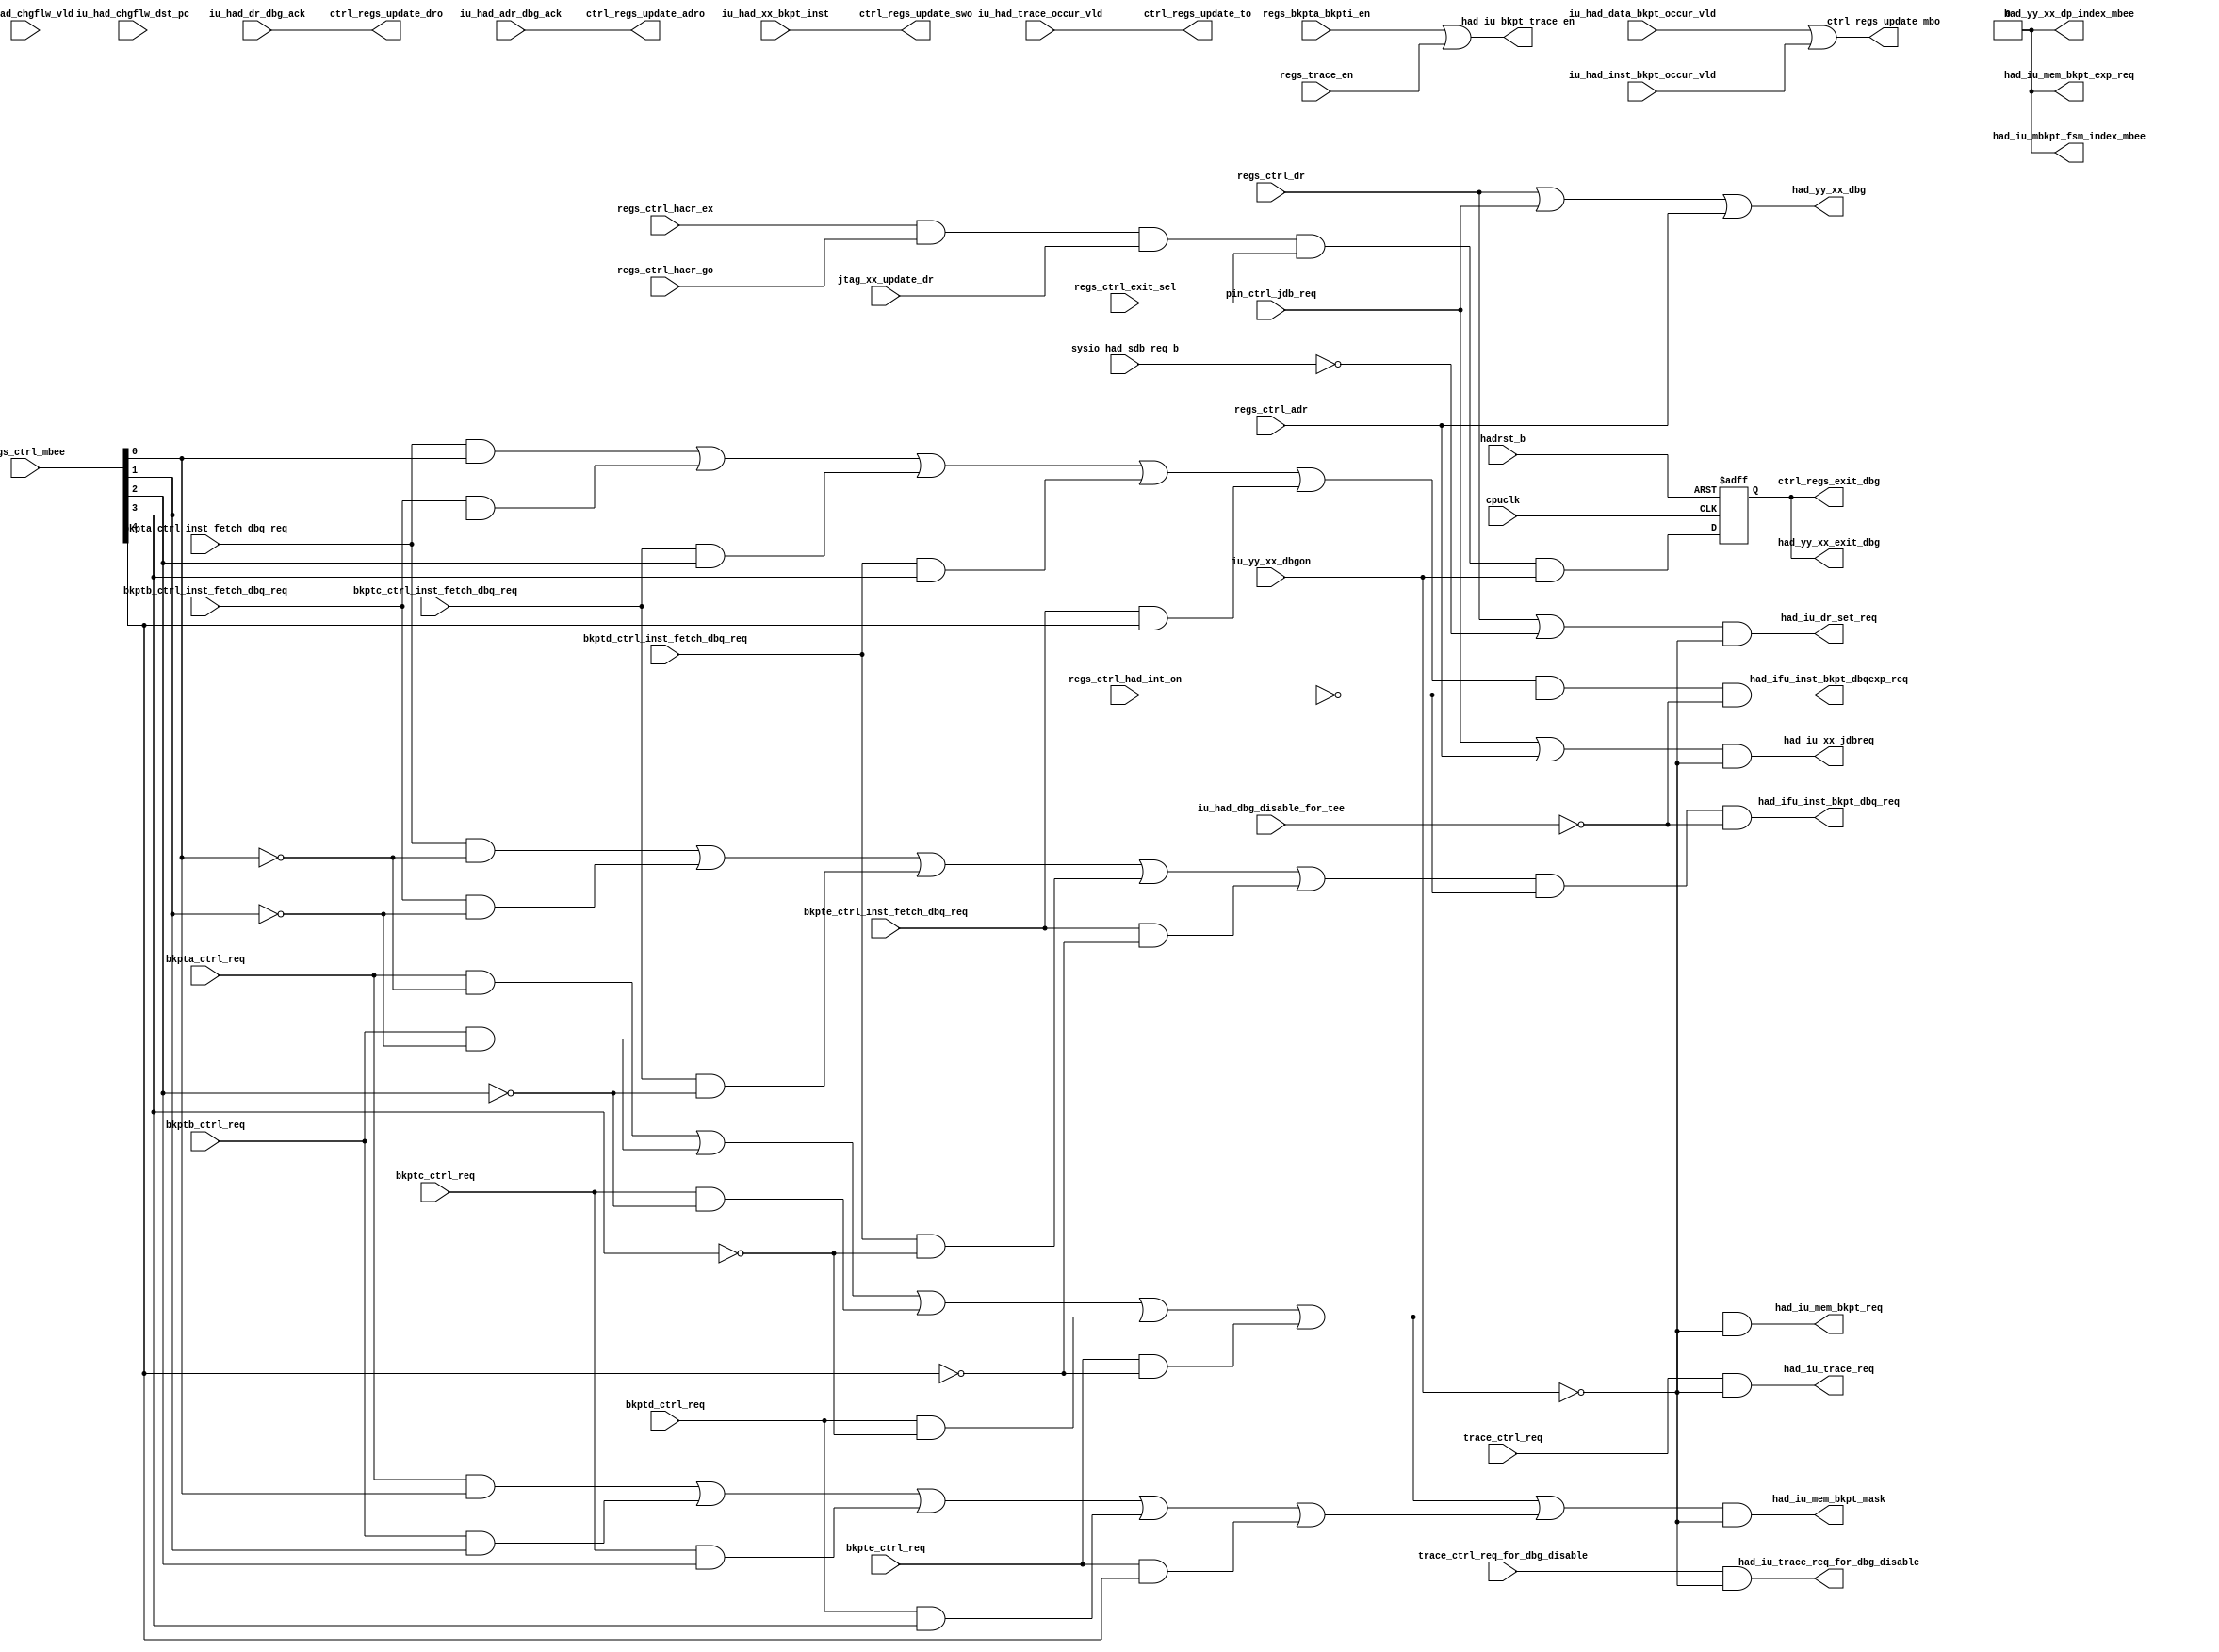
/*Copyright 2018-2021 T-Head Semiconductor Co., Ltd.

Licensed under the Apache License, Version 2.0 (the "License");
you may not use this file except in compliance with the License.
You may obtain a copy of the License at

    http://www.apache.org/licenses/LICENSE-2.0

Unless required by applicable law or agreed to in writing, software
distributed under the License is distributed on an "AS IS" BASIS,
WITHOUT WARRANTIES OR CONDITIONS OF ANY KIND, either express or implied.
See the License for the specific language governing permissions and
limitations under the License.
*/
module cr_had_ctrl(
  bkpta_ctrl_inst_fetch_dbq_req,
  bkpta_ctrl_req,
  bkptb_ctrl_inst_fetch_dbq_req,
  bkptb_ctrl_req,
  bkptc_ctrl_inst_fetch_dbq_req,
  bkptc_ctrl_req,
  bkptd_ctrl_inst_fetch_dbq_req,
  bkptd_ctrl_req,
  bkpte_ctrl_inst_fetch_dbq_req,
  bkpte_ctrl_req,
  cpuclk,
  ctrl_regs_exit_dbg,
  ctrl_regs_update_adro,
  ctrl_regs_update_dro,
  ctrl_regs_update_mbo,
  ctrl_regs_update_swo,
  ctrl_regs_update_to,
  had_ifu_inst_bkpt_dbq_req,
  had_ifu_inst_bkpt_dbqexp_req,
  had_iu_bkpt_trace_en,
  had_iu_dr_set_req,
  had_iu_mbkpt_fsm_index_mbee,
  had_iu_mem_bkpt_exp_req,
  had_iu_mem_bkpt_mask,
  had_iu_mem_bkpt_req,
  had_iu_trace_req,
  had_iu_trace_req_for_dbg_disable,
  had_iu_xx_jdbreq,
  had_yy_xx_dbg,
  had_yy_xx_dp_index_mbee,
  had_yy_xx_exit_dbg,
  hadrst_b,
  iu_had_adr_dbg_ack,
  iu_had_chgflw_dst_pc,
  iu_had_chgflw_vld,
  iu_had_data_bkpt_occur_vld,
  iu_had_dbg_disable_for_tee,
  iu_had_dr_dbg_ack,
  iu_had_inst_bkpt_occur_vld,
  iu_had_trace_occur_vld,
  iu_had_xx_bkpt_inst,
  iu_yy_xx_dbgon,
  jtag_xx_update_dr,
  pin_ctrl_jdb_req,
  regs_bkpta_bkpti_en,
  regs_ctrl_adr,
  regs_ctrl_dr,
  regs_ctrl_exit_sel,
  regs_ctrl_hacr_ex,
  regs_ctrl_hacr_go,
  regs_ctrl_had_int_on,
  regs_ctrl_mbee,
  regs_trace_en,
  sysio_had_sdb_req_b,
  trace_ctrl_req,
  trace_ctrl_req_for_dbg_disable
);

// &Ports; @21
input           bkpta_ctrl_inst_fetch_dbq_req;   
input           bkpta_ctrl_req;                  
input           bkptb_ctrl_inst_fetch_dbq_req;   
input           bkptb_ctrl_req;                  
input           bkptc_ctrl_inst_fetch_dbq_req;   
input           bkptc_ctrl_req;                  
input           bkptd_ctrl_inst_fetch_dbq_req;   
input           bkptd_ctrl_req;                  
input           bkpte_ctrl_inst_fetch_dbq_req;   
input           bkpte_ctrl_req;                  
input           cpuclk;                          
input           hadrst_b;                        
input           iu_had_adr_dbg_ack;              
input   [31:0]  iu_had_chgflw_dst_pc;            
input           iu_had_chgflw_vld;               
input           iu_had_data_bkpt_occur_vld;      
input           iu_had_dbg_disable_for_tee;      
input           iu_had_dr_dbg_ack;               
input           iu_had_inst_bkpt_occur_vld;      
input           iu_had_trace_occur_vld;          
input           iu_had_xx_bkpt_inst;             
input           iu_yy_xx_dbgon;                  
input           jtag_xx_update_dr;               
input           pin_ctrl_jdb_req;                
input           regs_bkpta_bkpti_en;             
input           regs_ctrl_adr;                   
input           regs_ctrl_dr;                    
input           regs_ctrl_exit_sel;              
input           regs_ctrl_hacr_ex;               
input           regs_ctrl_hacr_go;               
input           regs_ctrl_had_int_on;            
input   [8 :0]  regs_ctrl_mbee;                  
input           regs_trace_en;                   
input           sysio_had_sdb_req_b;             
input           trace_ctrl_req;                  
input           trace_ctrl_req_for_dbg_disable;  
output          ctrl_regs_exit_dbg;              
output          ctrl_regs_update_adro;           
output          ctrl_regs_update_dro;            
output          ctrl_regs_update_mbo;            
output          ctrl_regs_update_swo;            
output          ctrl_regs_update_to;             
output          had_ifu_inst_bkpt_dbq_req;       
output          had_ifu_inst_bkpt_dbqexp_req;    
output          had_iu_bkpt_trace_en;            
output          had_iu_dr_set_req;               
output          had_iu_mbkpt_fsm_index_mbee;     
output          had_iu_mem_bkpt_exp_req;         
output          had_iu_mem_bkpt_mask;            
output          had_iu_mem_bkpt_req;             
output          had_iu_trace_req;                
output          had_iu_trace_req_for_dbg_disable; 
output          had_iu_xx_jdbreq;                
output          had_yy_xx_dbg;                   
output          had_yy_xx_dp_index_mbee;         
output          had_yy_xx_exit_dbg;              

// &Regs; @22
reg             ctrl_exit_dbg;                   

// &Wires; @23
wire            adr_set_req;                     
wire            bkpta_ctrl_inst_fetch_dbq_req;   
wire            bkpta_ctrl_req;                  
wire            bkptb_ctrl_inst_fetch_dbq_req;   
wire            bkptb_ctrl_req;                  
wire            bkptc_ctrl_inst_fetch_dbq_req;   
wire            bkptc_ctrl_req;                  
wire            bkptd_ctrl_inst_fetch_dbq_req;   
wire            bkptd_ctrl_req;                  
wire            bkpte_ctrl_inst_fetch_dbq_req;   
wire            bkpte_ctrl_req;                  
wire            cpuclk;                          
wire            ctrl_regs_exit_dbg;              
wire            ctrl_regs_update_adro;           
wire            ctrl_regs_update_dro;            
wire            ctrl_regs_update_mbo;            
wire            ctrl_regs_update_swo;            
wire            ctrl_regs_update_to;             
wire            dr_set_req;                      
wire            exit_dbg;                        
wire            had_ifu_inst_bkpt_dbq_req;       
wire            had_ifu_inst_bkpt_dbqexp_req;    
wire            had_iu_bkpt_trace_en;            
wire            had_iu_dr_set_req;               
wire            had_iu_mbkpt_fsm_index_mbee;     
wire            had_iu_mem_bkpt_exp_req;         
wire            had_iu_mem_bkpt_mask;            
wire            had_iu_mem_bkpt_req;             
wire            had_iu_trace_req;                
wire            had_iu_trace_req_for_dbg_disable; 
wire            had_iu_xx_jdbreq;                
wire            had_yy_xx_dbg;                   
wire            had_yy_xx_dp_index_mbee;         
wire            had_yy_xx_exit_dbg;              
wire            hadrst_b;                        
wire            iu_had_adr_dbg_ack;              
wire            iu_had_data_bkpt_occur_vld;      
wire            iu_had_dbg_disable_for_tee;      
wire            iu_had_dr_dbg_ack;               
wire            iu_had_inst_bkpt_occur_vld;      
wire            iu_had_trace_occur_vld;          
wire            iu_had_xx_bkpt_inst;             
wire            iu_yy_xx_dbgon;                  
wire            jtag_xx_update_dr;               
wire            mem_bkpt_dbg_req;                
wire            mem_bkpt_dbgexp_req;             
wire            pin_ctrl_jdb_req;                
wire            regs_bkpta_bkpti_en;             
wire            regs_ctrl_adr;                   
wire            regs_ctrl_dr;                    
wire            regs_ctrl_exit_sel;              
wire            regs_ctrl_hacr_ex;               
wire            regs_ctrl_hacr_go;               
wire            regs_ctrl_had_int_on;            
wire    [8 :0]  regs_ctrl_mbee;                  
wire            regs_trace_en;                   
wire            sync_dbg_req;                    
wire            sysio_had_sdb_req_b;             
wire            trace_ctrl_req;                  
wire            trace_ctrl_req_for_dbg_disable;  
wire            trace_req;                       


//==============================================================================
// debug request to IU
//==============================================================================

//==========================================================
// Two major kinds of debug requests are sent to IU from HAD
// 1. had_iu_xx_jdbreq : asynchronous debug request
// 2. compulsive debug: DR
// 3. trace
// 4. memory bkpt
//==========================================================

// &Force("bus","regs_ctrl_mbee",8,0); @37
assign trace_req = trace_ctrl_req;

// &CombBeg; @83
// &CombEnd; @96
// &CombBeg; @100
// &CombEnd; @113
// &CombBeg; @117
// &CombEnd; @130
// &CombBeg; @171
// &CombEnd; @182
// &CombBeg; @186
// &CombEnd; @197
// &CombBeg; @201
// &CombEnd; @212
assign mem_bkpt_dbg_req    = (bkpta_ctrl_req && !regs_ctrl_mbee[0])
                          || (bkptb_ctrl_req && !regs_ctrl_mbee[1])
                          || (bkptc_ctrl_req && !regs_ctrl_mbee[2])
                          || (bkptd_ctrl_req && !regs_ctrl_mbee[3])
                          || (bkpte_ctrl_req && !regs_ctrl_mbee[4]);
assign mem_bkpt_dbgexp_req = (bkpta_ctrl_req &&  regs_ctrl_mbee[0])
                          || (bkptb_ctrl_req &&  regs_ctrl_mbee[1])
                          || (bkptc_ctrl_req &&  regs_ctrl_mbee[2])
                          || (bkptd_ctrl_req &&  regs_ctrl_mbee[3])
                          || (bkpte_ctrl_req &&  regs_ctrl_mbee[4]);
// &CombBeg; @244
// &CombEnd; @253
// &CombBeg; @257
// &CombEnd; @266
// &CombBeg; @270
// &CombEnd; @279

//the inst bkpt dbq req is judged in IF
// &Force("output","had_ifu_inst_bkpt_dbq_req"); @304
// &Force("output","had_ifu_inst_bkpt_dbqexp_req"); @305
assign had_ifu_inst_bkpt_dbq_req = ((bkpta_ctrl_inst_fetch_dbq_req
                                 && !regs_ctrl_mbee[0])
                                 || (bkptb_ctrl_inst_fetch_dbq_req
                                 && !regs_ctrl_mbee[1])
                                 || (bkptc_ctrl_inst_fetch_dbq_req
                                 && !regs_ctrl_mbee[2])
                                 || (bkptd_ctrl_inst_fetch_dbq_req
                                 && !regs_ctrl_mbee[3])
                                 || (bkpte_ctrl_inst_fetch_dbq_req
                                 && !regs_ctrl_mbee[4])
                                   ) && !regs_ctrl_had_int_on
                                     && !iu_had_dbg_disable_for_tee;

assign had_ifu_inst_bkpt_dbqexp_req = ((bkpta_ctrl_inst_fetch_dbq_req
                                    &&  regs_ctrl_mbee[0])
                                    || (bkptb_ctrl_inst_fetch_dbq_req
                                    &&  regs_ctrl_mbee[1])
                                    || (bkptc_ctrl_inst_fetch_dbq_req
                                    &&  regs_ctrl_mbee[2])
                                    || (bkptd_ctrl_inst_fetch_dbq_req
                                    &&  regs_ctrl_mbee[3])
                                    || (bkpte_ctrl_inst_fetch_dbq_req
                                    &&  regs_ctrl_mbee[4])
                                      ) && !regs_ctrl_had_int_on
                                        && !iu_had_dbg_disable_for_tee;


assign dr_set_req  = regs_ctrl_dr;

assign adr_set_req = regs_ctrl_adr;

assign sync_dbg_req = dr_set_req || !sysio_had_sdb_req_b;

assign had_iu_dr_set_req = sync_dbg_req && !iu_yy_xx_dbgon;

assign had_iu_trace_req = trace_req && !iu_yy_xx_dbgon;

assign had_iu_mem_bkpt_req = mem_bkpt_dbg_req && !iu_yy_xx_dbgon;

assign had_iu_mem_bkpt_mask = (mem_bkpt_dbg_req || mem_bkpt_dbgexp_req) && !iu_yy_xx_dbgon;

assign had_iu_mem_bkpt_exp_req = 1'b0;

assign had_iu_xx_jdbreq =  (pin_ctrl_jdb_req || adr_set_req) 
                        && !iu_yy_xx_dbgon;

//dbg diable for branch inst
assign had_iu_trace_req_for_dbg_disable = trace_ctrl_req_for_dbg_disable
                                       && !iu_yy_xx_dbgon;

//when trace and bkpt is enable, speculate stack for INT is disabled
assign had_iu_bkpt_trace_en = regs_bkpta_bkpti_en || regs_trace_en;

//==============================================================================
// debug request to CP0 to force CPU to exit low power mode 
// debug request to SYSIO to indicating CPU wake up ack 
// including sync and async dbg req ack
//==============================================================================

assign had_yy_xx_dbg = dr_set_req
                    || pin_ctrl_jdb_req
                    || adr_set_req;

//==============================================================================
// Update HCR
//==============================================================================

//==========================================================
// All the debug request will be acknowledged
//==========================================================

//======================================
// Update ADRO 
//======================================

assign ctrl_regs_update_adro = iu_had_adr_dbg_ack;

//======================================
// Update DRO 
//======================================

assign ctrl_regs_update_dro = iu_had_dr_dbg_ack;

//======================================
// Update MBO 
//======================================

assign ctrl_regs_update_mbo = iu_had_data_bkpt_occur_vld 
                           || iu_had_inst_bkpt_occur_vld;

//======================================
// Update SWO 
//======================================

assign ctrl_regs_update_swo = iu_had_xx_bkpt_inst;

//======================================
// Update TO 
//======================================

assign ctrl_regs_update_to = iu_had_trace_occur_vld;


//==============================================================================
// Exit debug mode 
//==============================================================================

//assign exit_dbg = (ir_ctrl_ex && ir_ctrl_go) && sm_ctrl_exit && iu_yy_xx_dbgon;
assign exit_dbg = (regs_ctrl_hacr_ex && regs_ctrl_hacr_go) &&
                  jtag_xx_update_dr && regs_ctrl_exit_sel  &&
                  iu_yy_xx_dbgon;
// exit_dbg is a pulse signal, flop one cylce to generate exit debug signal
always @(posedge cpuclk or negedge hadrst_b)
begin
  if (!hadrst_b)
    ctrl_exit_dbg <= 1'b0;
  else 
    ctrl_exit_dbg <= exit_dbg;
end

assign ctrl_regs_exit_dbg = ctrl_exit_dbg;

assign had_yy_xx_exit_dbg = ctrl_exit_dbg;

//================================================
// Go in debug mode
//================================================
//assign ctrl_regs_go_noex = !ir_ctrl_ex && ir_ctrl_go;

//   &CombBeg; @535
//   &CombEnd; @548
  assign had_iu_mbkpt_fsm_index_mbee = 1'b0;

// &CombBeg; @558
// &CombEnd; @571
assign had_yy_xx_dp_index_mbee = 1'b0;



//==========================================================
//               pcfifo enable only for debug(not verified)
//==========================================================

// pcfifo write enable contains three conditions:
//   1. pcfifo not frozen
//   2. change flow inst retire normally
//   3. not in debug mode

//assign ctrl_pcfifo_wen = !regs_ctrl_pcfifo_frozen && !inst_bkpt_req &&
//                         rtu_had_chg_flw_inst && rtu_yy_xx_retire &&
//			 cp0_had_pcfifo_wen &&
//                         !rtu_yy_xx_dbgon;
// &Force("input","iu_had_chgflw_vld"); @622
// &Force("input","iu_had_chgflw_dst_pc"); @623
// &Force("bus","iu_had_chgflw_dst_pc",31,0); @624
// &ModuleEnd; @626
endmodule